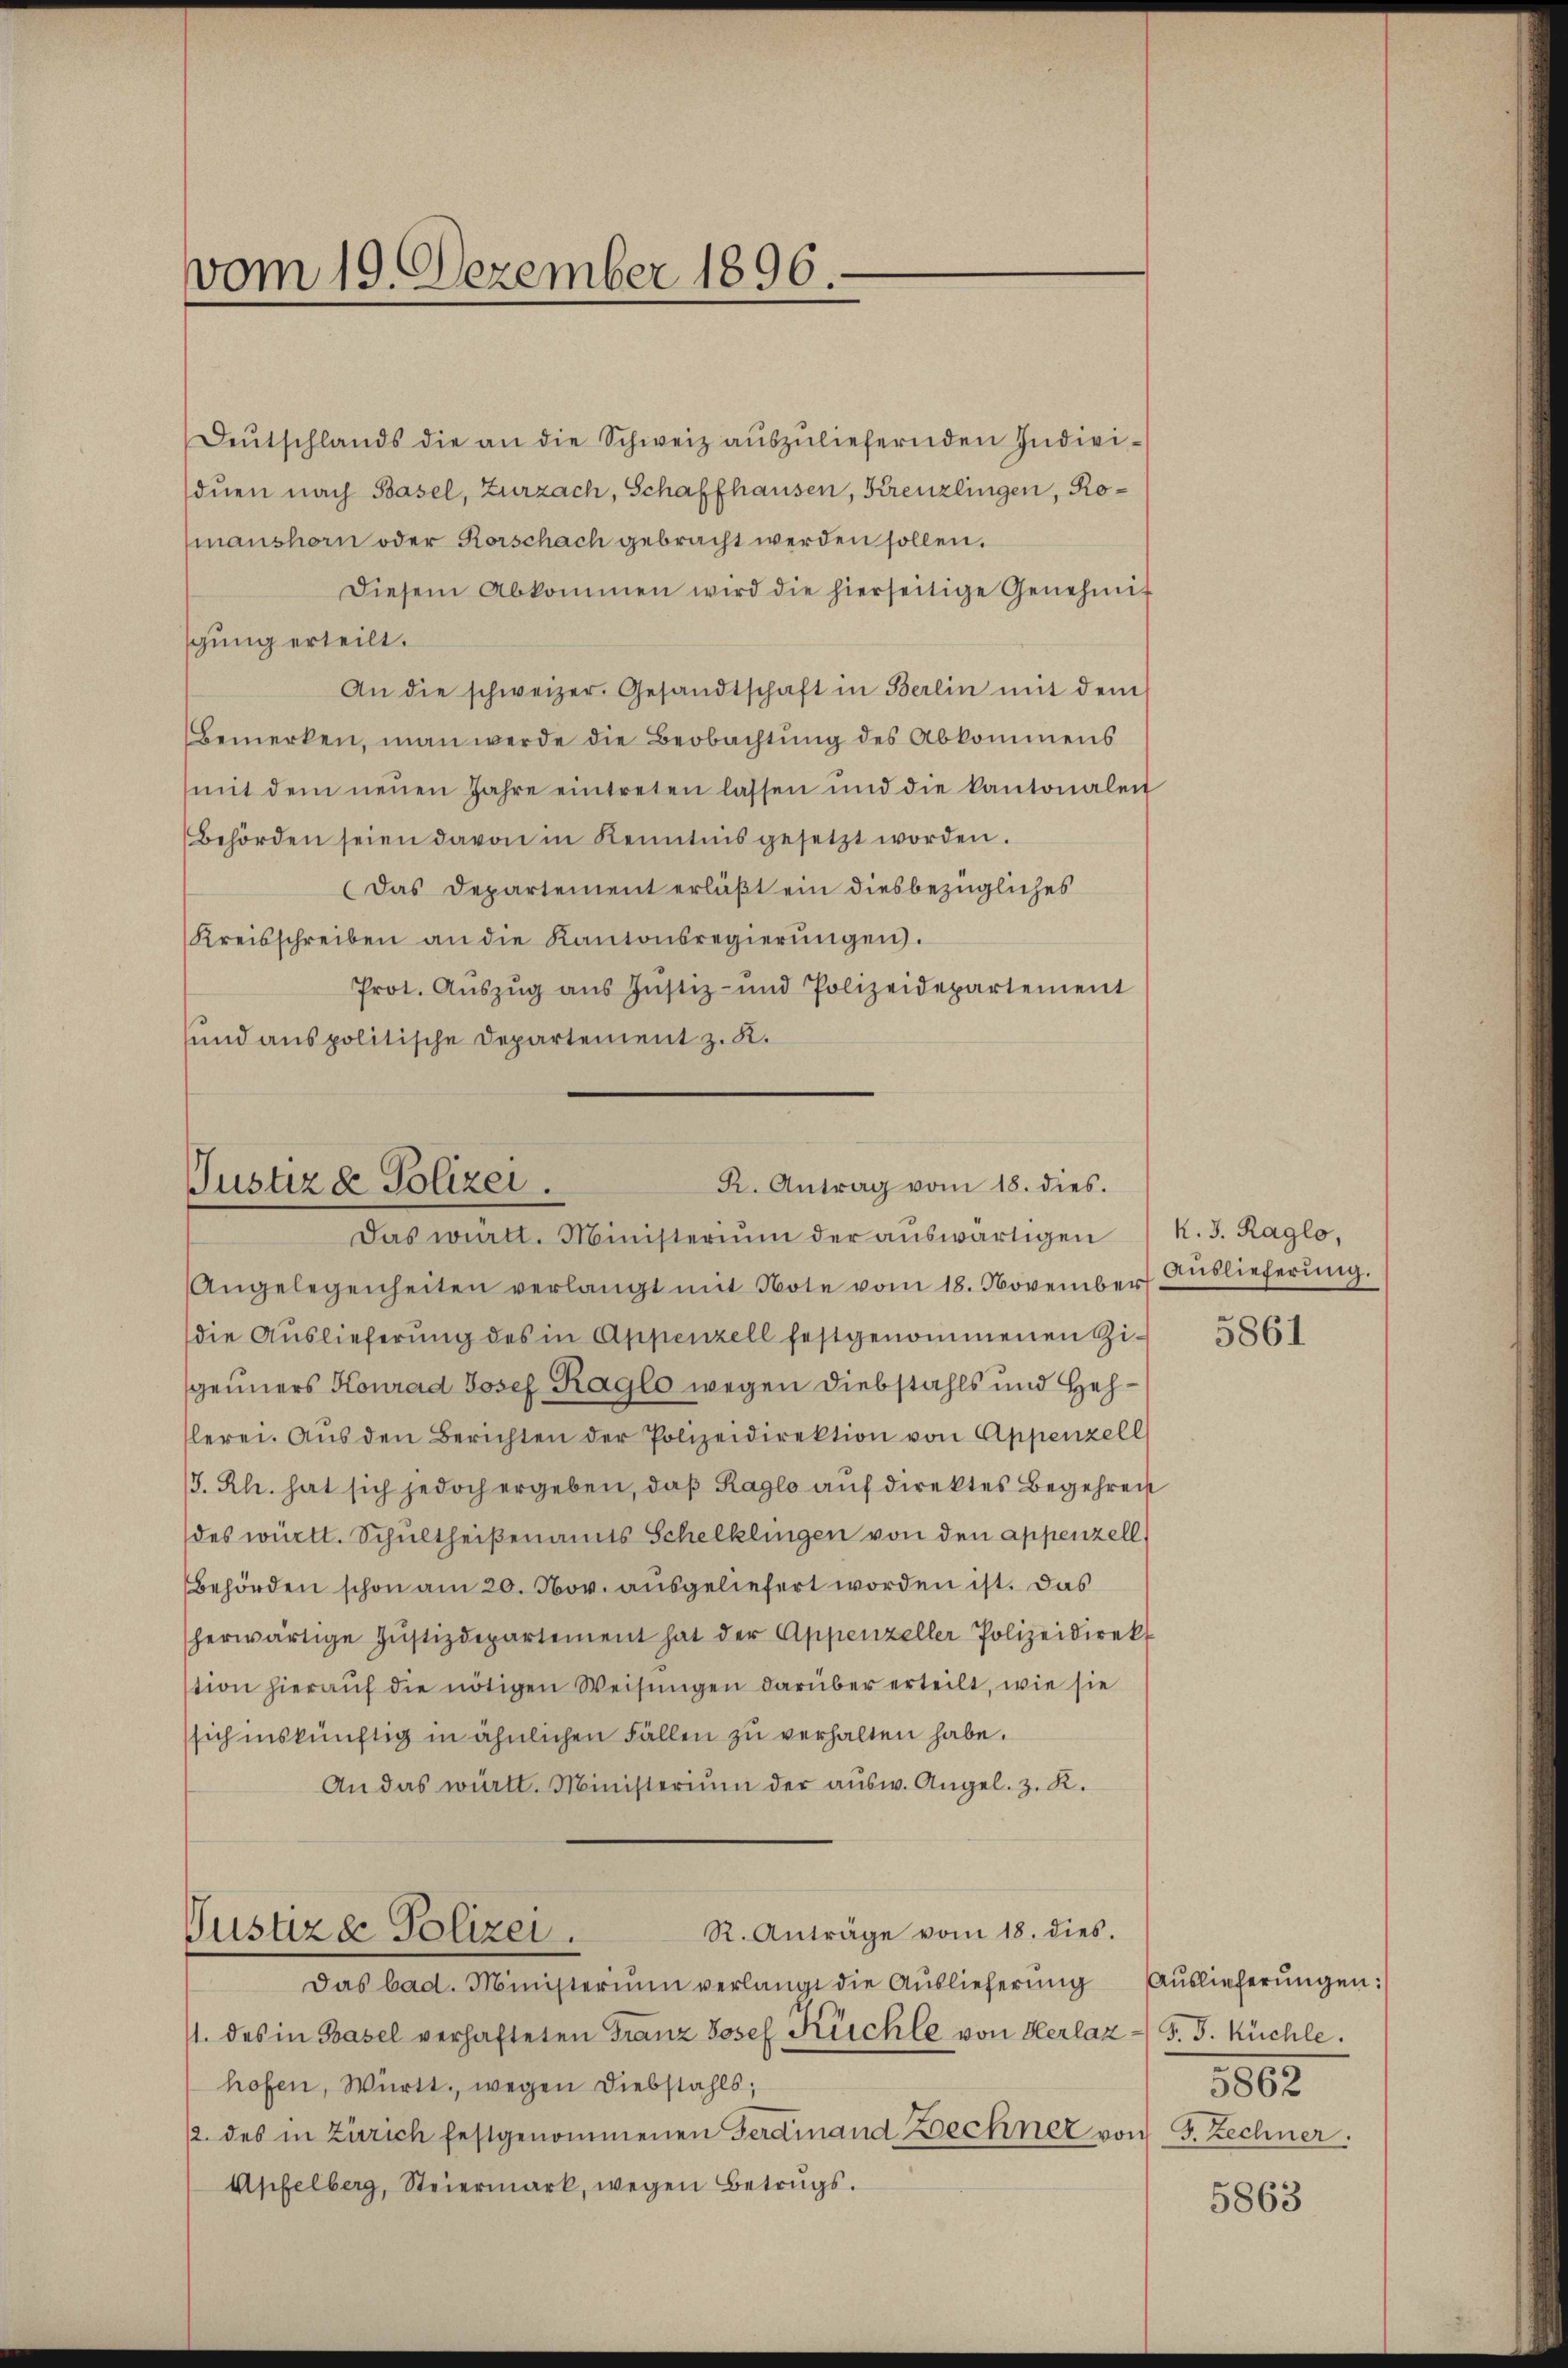
vom 19. Dezember 1896.

Deŭtschlands die an die Schweiz aŭszŭliefernden Indivi-
duen nach Basel, Zurzach, Schaffhausen, Kreuzlingen, Romanshorn oder Rorschach gebracht werden sollen.
Diesem Abkommen wird die hierseitige Genehmig
gung erteilt.
An die schweizer. Gesandtschaft in Berlin mit dem
Bemerken, man werde die Beobachtung des Abkommens
mit dem neŭen Jahre eintreten lassen und die kantonalen
Behörden seien davon in Kenntnis gesetzt worden.
Das Departement erläßt ein diesbezügliches
Kreisschreiben an die Kantonsregierŭngen.
Prot. Aŭszŭg aŭs Jŭstiz- und Polizeidepartement
und aus politische Departement z. K.

R. Antrag vom 18. dies.
Justiz & Polizei.
Das württ. Ministerium der aŭswärtigen K. 3. Raglo,

Angelegenheiten verlangt mit Note vom 18. November
die Auslieferung des in Appenzell festgenommenen Zigeuners Konrad Josef Raglo wegen Diebstahls und Hehlerei. Aŭs den Berichten der Polizeidirektion von Appenzell
J. Rh. hat sich jedoch ergeben, daß Ragio auf direktes Begehren
des württ. Schultheißenamts Schelklingen von den appenzell
Behörden schon am 20. Nov. ausgeliefert worden ist. Das
herwärtige Jŭstizdepartement hat der Appenzeller Polizeidirekt
tion hieraŭf die nötigen Weisungen darüber erteilt, wie sie
sich inskünftig in ähnlichen Fällen zu verhalten habe.
An das württ. Ministerium der aŭsw. Angel. z. K.
R. Anträge vom 18. dies.
Justiz & Polizei.
Das bad. Ministerium verlangt die Auslieferung
11. des in Basel verhafteten Franz Josef Küchle von Herlaz d. J. Küchle
hofen, Württ. wegen Diebstahls,
/. des in Zürich festgenommenen Ferdinand Bechnet von 5. Zechner.
Apfelberg, Steiermark, wegen Betrugs.

Auslieferung.

5861

Auslieferungen:
5862

5863